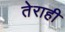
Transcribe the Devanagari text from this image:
तेराही